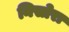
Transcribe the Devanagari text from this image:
निसोरा